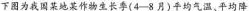
下图为我国某地某作物生长季(4-8月)平均气温、平均降